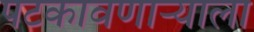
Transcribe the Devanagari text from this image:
पटकावणाऱ्याला